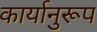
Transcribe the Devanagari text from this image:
कार्यानुरूप